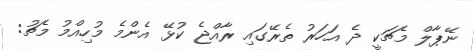
ނޭޕާލް މެޗަކީ ދެ އަހަރު ތެރޭގައި ރާއްޖެ ކުޅޭ އެންމެ މުހިއްމު މެޗު: